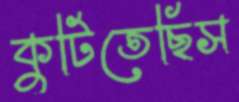
কুটিতেছিস